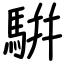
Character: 騈